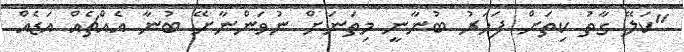
''ކަލޭ ގާތު ކިތަށް ފަހަރު ބުނާނީ މިތަނަށް ނުވަންނާށޭ ބުނާ އެއްޗެއް އަޑެއް